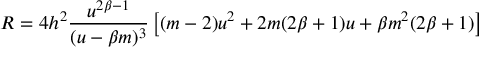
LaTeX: R = 4 h ^ { 2 } \frac { u ^ { 2 \beta - 1 } } { ( u - \beta m ) ^ { 3 } } \left[ ( m - 2 ) u ^ { 2 } + 2 m ( 2 \beta + 1 ) u + \beta m ^ { 2 } ( 2 \beta + 1 ) \right]